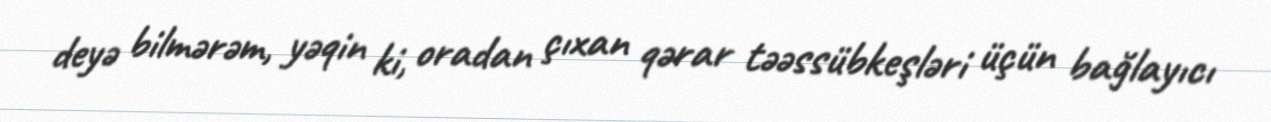
deyə bilmərəm, yəqin ki, oradan çıxan qərar təəssübkeşləri üçün bağlayıcı